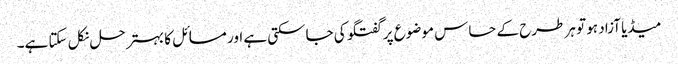
میڈیا آزاد ہو تو ہر طرح کے حساس موضوع پر گفتگو کی جاسکتی ہے اور مسائل کا بہتر حل نکل سکتا ہے۔